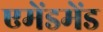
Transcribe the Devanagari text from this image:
एमेंडमेंड